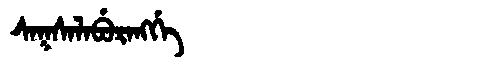
Manchu: ᠰᠠᡴᠰᠠᠯᠠᠪᡠᡵᠠᠩᡤᡝ
Romanization: SAKSALABURANGGE